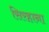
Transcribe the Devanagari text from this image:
सिरहाना